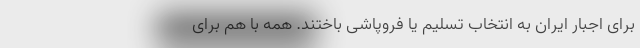
برای اجبار ایران به انتخاب تسلیم یا فروپاشی باختند. همه با هم برای